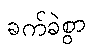
ခက်ခဲစွာ